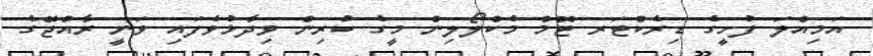
އަމިއްލަ ފުށީގެ ޑިރެކްޓަރ ޓޮމް މެކްލޯލިން މީގެ ކުރިން ވިދާޅުވެފައި ވަނީ ރާއްޖޭގެ